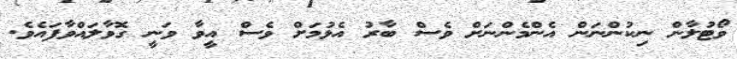
ވޯޓުލާން ނިކުންނަން އެންމެންނަށް ވެސް ބާރު އެޅުމަށް ވެސް އީވާ ވަނީ ގޮވާލައްވާފައެވެ.